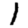
Digit: 1